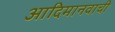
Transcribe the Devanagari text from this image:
आदिमानवाची